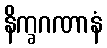
နိက္ခဂဏာနံ